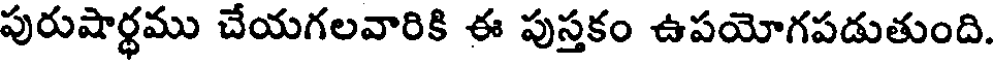
పురుషార్థము చేయగలవారికి ఈ పుస్తకం ఉపయోగపడుతుంది.